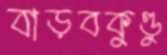
বাড়বকুণ্ডু